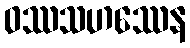
ဝဿသဟဿေန